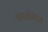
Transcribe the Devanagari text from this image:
आळेगाव